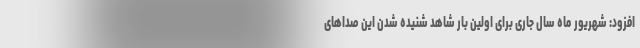
افزود: شهریور ماه سال جاری برای اولین بار شاهد شنیده شدن این صداهای